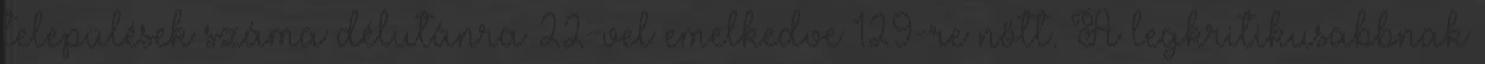
települések száma délutánra 22-vel emelkedve 129-re nőtt. A legkritikusabbnak